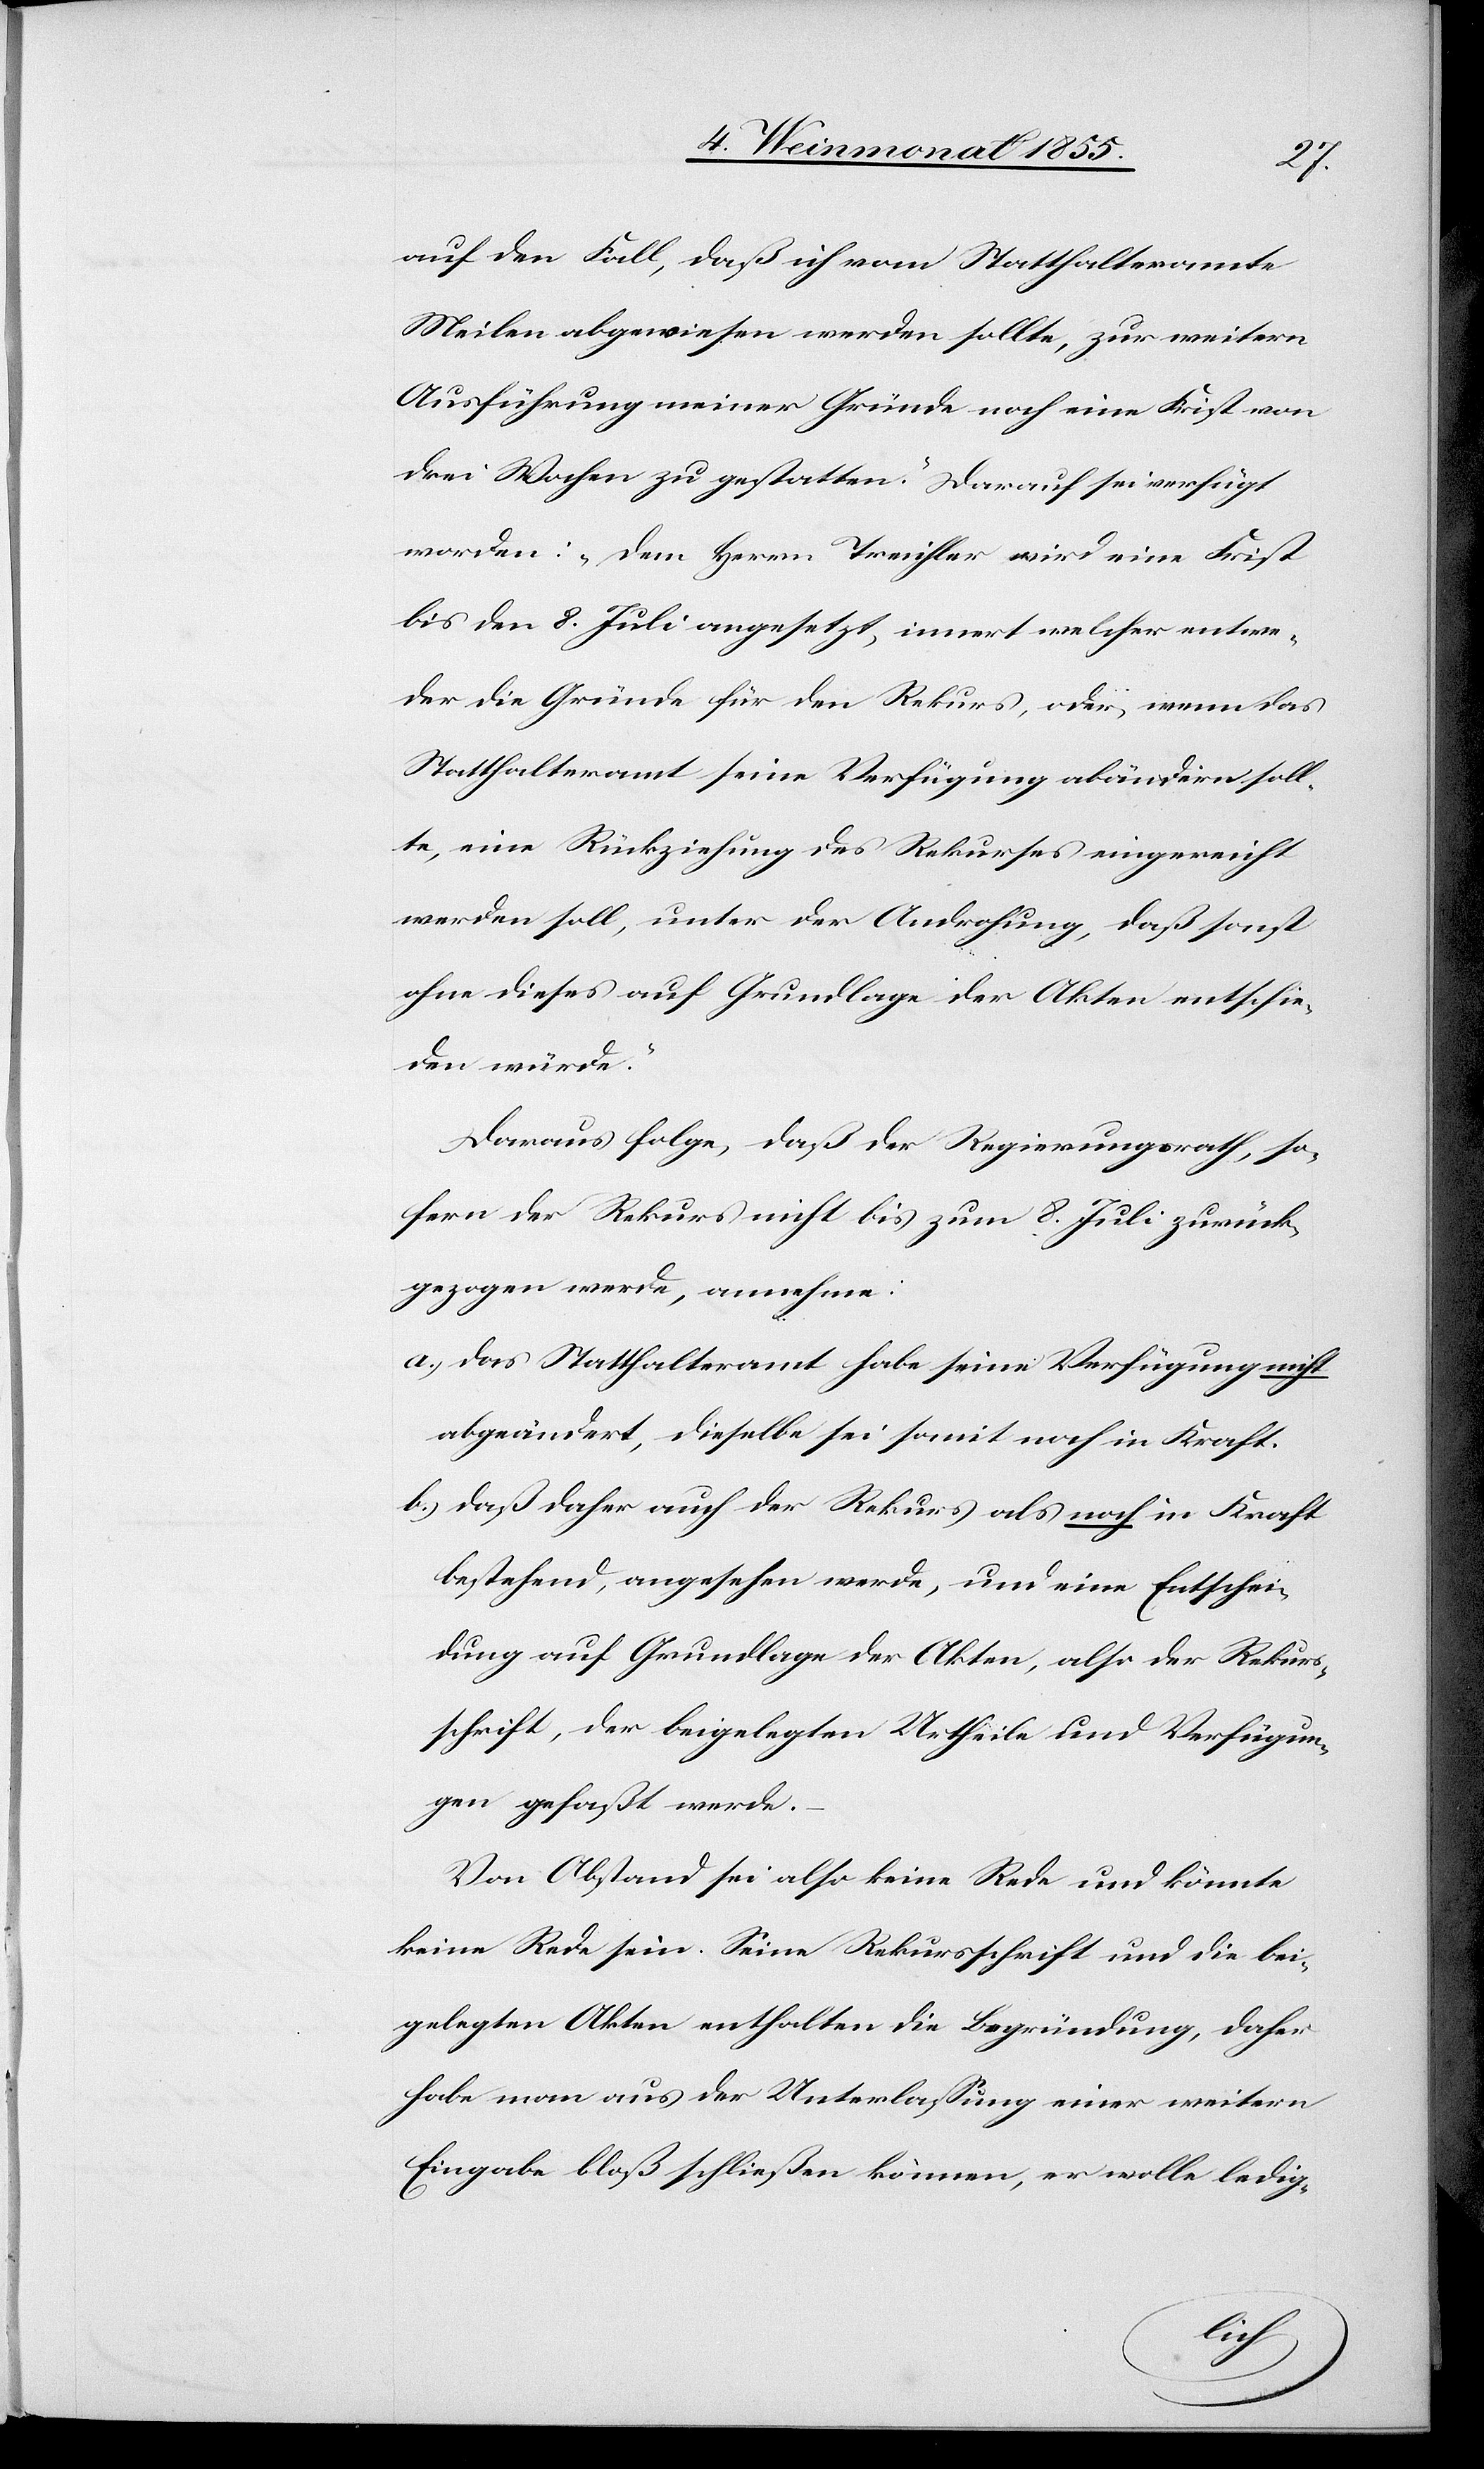
auf den Fall, daß ich vom Statthalteramte
Meilen abgewiesen werden sollte, zur weitern
Ausführung meiner Gründe noch eine Frist von
drei Wochen zu gestatten.“ Darauf sei verfügt
worden: „Dem Herrn Treichler wird eine Frist
bis den 8. Juli angesetzt, innert welcher entwe¬
der die Gründe für den Rekurs, oder, wenn das
Statthalteramt seine Verfügung abändern soll¬
te, eine Rückziehung des Rekurses eingereicht
werden soll, unter der Androhung, daß sonst
ohne dieses auf Grundlage der Akten entschie¬
den würde.“
Daraus folge, daß der Regierungsrath, so¬
fern der Rekurs nicht bis zum 8. Juli zurück¬
gezogen werde, annehme:
das Statthalteramt habe seine Verfügung nicht
abgeändert, dieselbe sei somit noch in Kraft.
daß daher auch der Rekurs als noch in Kraft
bestehend, angesehen werde, und eine Entschei¬
dung auf Grundlage der Akten, also der Rekurs¬
schrift, der beigelegten Urtheile und Verfügun¬
gen gefaßt werde.
Von Abstand sei also keine Rede und könnte
keine Rede sein. Seine Rekursschrift und die bei¬
gelegten Akten enthalten die Begründung, daher
habe man aus der Unterlassung einer weitern
Eingabe bloß schließen können, er wolle ledig-